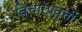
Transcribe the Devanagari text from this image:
विचारप्रवृत्ती